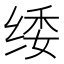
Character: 𮉫